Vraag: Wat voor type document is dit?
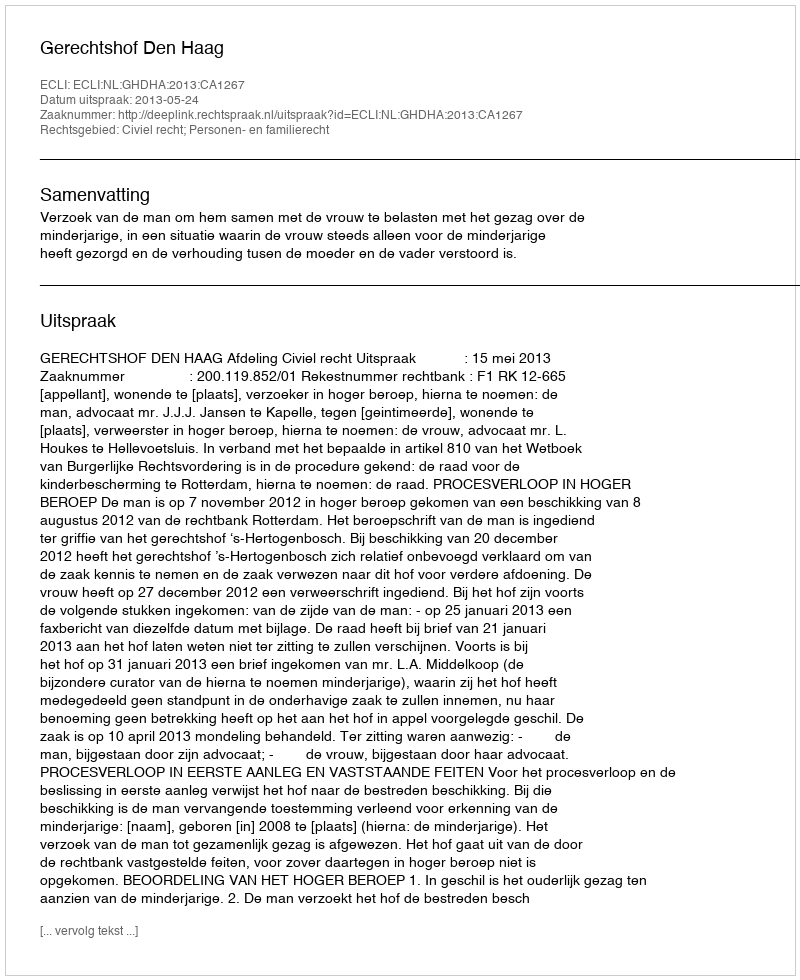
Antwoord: Uitspraak